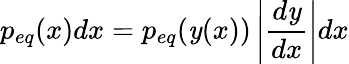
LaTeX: p_{eq}(x)dx=p_{eq}(\mathit{y}(x))\left|\frac{{d\mathit{y}}}{{dx}}\right|dx